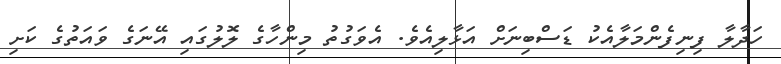
ހަަދާލާ ފިނިފެންމަލާއެކު ޑަސްބިނަށް އަޅާލިއެވެ. އެވަގުތު މިންހާގެ ލޮލުގައި އޭނަގެ ވައަތުގެ ކަށި